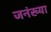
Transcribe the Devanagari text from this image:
जनंख्या